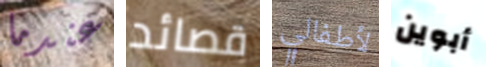
عندما قصائد لأطفالي أبوين